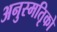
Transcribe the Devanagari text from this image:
अनुस्मतिृको